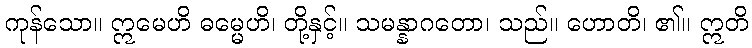
ကုန်သော။ ဣမေဟိ ဓမ္မေဟိ၊ တို့နှင့်။ သမန္နာဂတော၊ သည်။ ဟောတိ၊ ၏။ ဣတိ